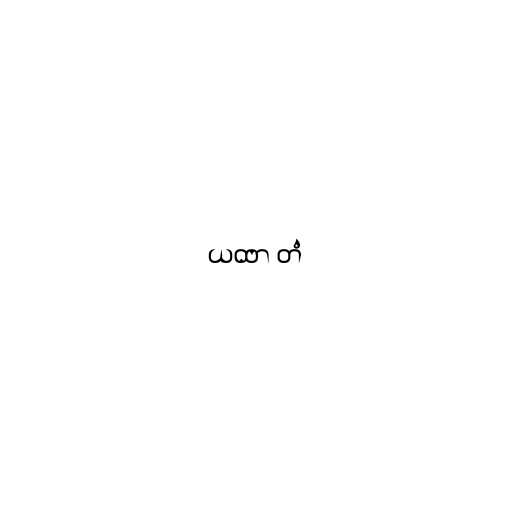
ယထာ တံ